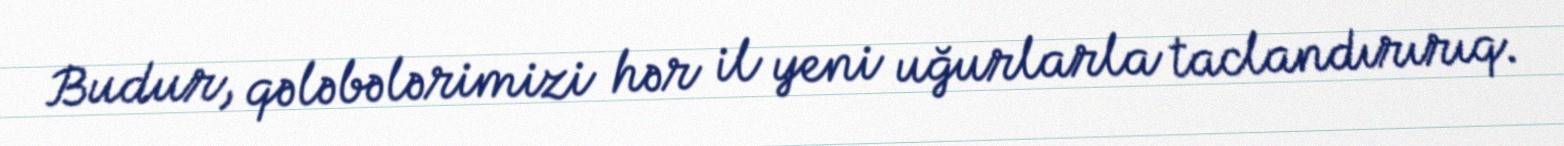
Budur, qələbələrimizi hər il yeni uğurlarla taclandırırıq.